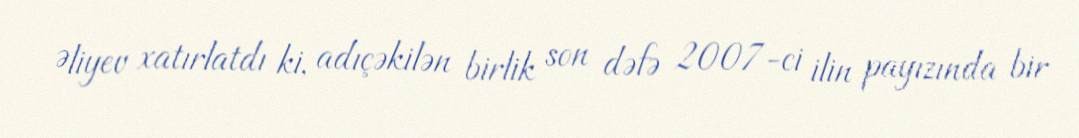
Əliyev xatırlatdı ki, adıçəkilən birlik son dəfə 2007-ci ilin payızında bir